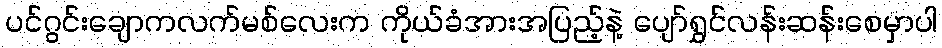
ပင်ဂွင်းချောကလက်မစ်လေးက ကိုယ်ခံအားအပြည့်နဲ့ ပျော်ရွှင်လန်းဆန်းစေမှာပါ